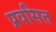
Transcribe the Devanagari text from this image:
प्रवसित